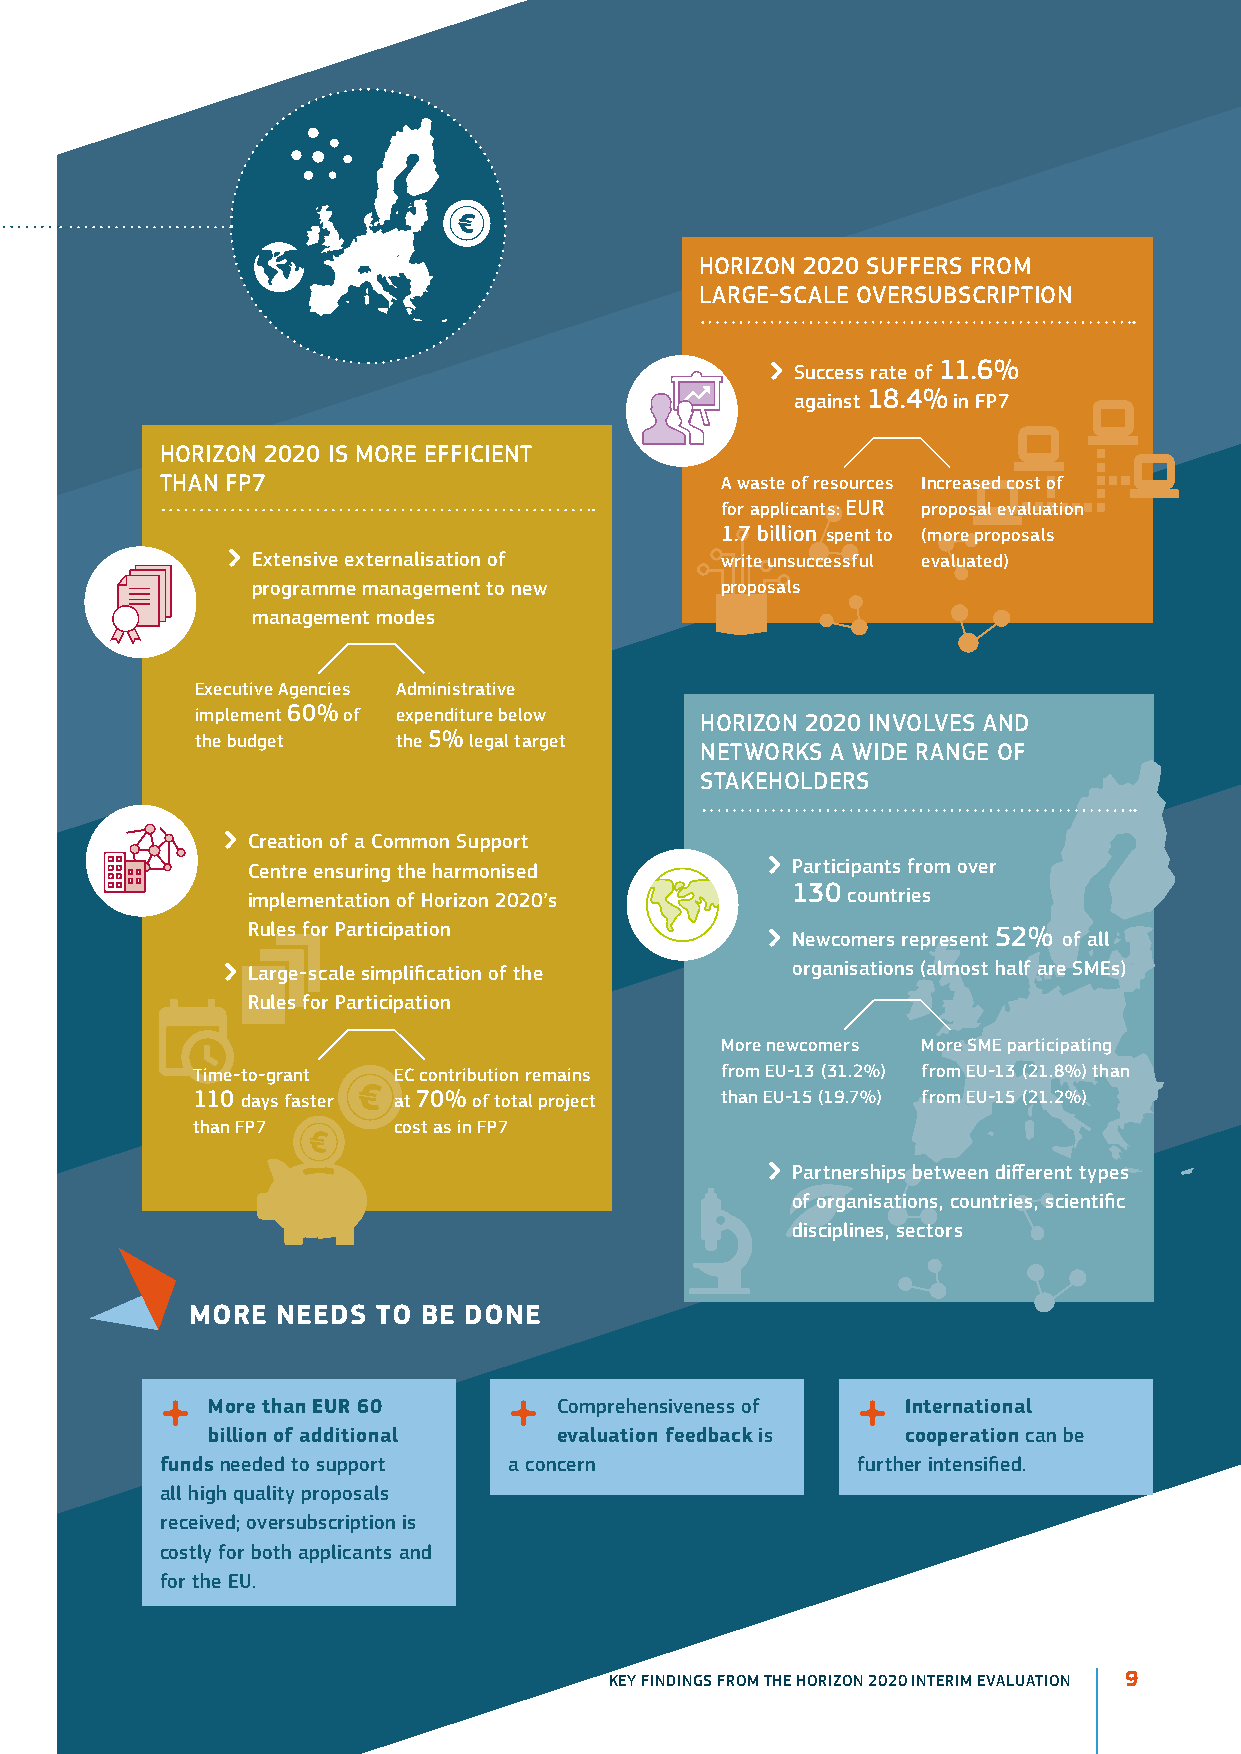
Horizon 2020 SUFFErS FroM
 LArGE-SCALE oVErSUBSCriPTion
  Success rate of 11.6%
 against 18.4% in FP7
 Horizon 2020 iS MorE EFFiCiEnT
 THAn FP7                             A waste of resources increased cost of
 for applicants: EUr proposal evaluation
 1.7 billion spent to (more proposals
  Extensive externalisation of   write unsuccessful evaluated)
 programme management to new    proposals
 management modes
 Executive Agencies Administrative
 implement 60% of expenditure below H orizon 2020 inVoLVES AnD
 the budget   the 5% legal target
 nETWorKS A WiDE rAnGE oF
 STAKEHoLDErS
  Creation of a Common Support
 Centre ensuring the harmonised      Participants from over
 implementation of Horizon 2020’s    130 countries
 rules for Participation             newcomers represent 52% of all
  Large-scale simplification of the  organisations (almost half are SMEs)
 rules for Participation
 More newcomers More SME participating
 Time-to-grant EC contribution remains from EU-13 (31.2%) from EU-13 (21.8%) than
 110 days faster at 70% of total project than EU-15 (19.7%) from EU-15 (21.2%)
 than FP7     cost as in FP7
  Partnerships between different types
 of organisations, countries, scientific
 disciplines, sectors
 MoRE nEEdS  to BE donE
 s  More than EUR 60    s  Comprehensiveness of s international
 billion of additional  evaluation feedback is cooperation can be
 funds needed to support a concern             further intensified.
 all high quality proposals
 received; oversubscription is
 costly for both applicants and
 for the EU.
 KEY FINDINGS FROM THE HORIZON 2020 INTERIM EVALUATION 9